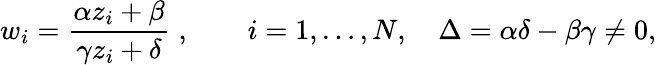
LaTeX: w_{i}={\frac{\alpha z_{i}+\beta}{\gamma z_{i}+\delta}}\; ,\qquad i=1,\dots,N,\quad\Delta=\alpha\delta-\beta\gamma\ne 0,